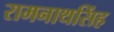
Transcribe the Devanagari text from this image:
रामनाथसिंह